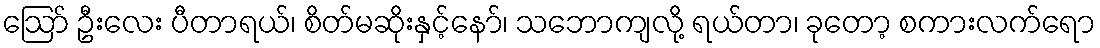
ဪ ဦးလေး ပီတာရယ်၊ စိတ်မဆိုးနှင့်နော်၊ သဘောကျလို့ ရယ်တာ၊ ခုတော့ စကားလက်ရော